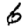
Digit: 6